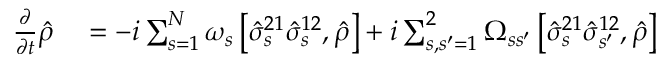
\begin{array} { r l } { \frac { \partial } { \partial t } \hat { \rho } } & { { } = - i \sum _ { s = 1 } ^ { N } \omega _ { s } \left[ \hat { \sigma } _ { s } ^ { 2 1 } \hat { \sigma } _ { s } ^ { 1 2 } , \hat { \rho } \right] + i \sum _ { s , s ^ { \prime } = 1 } ^ { 2 } \Omega _ { s s ^ { \prime } } \left[ \hat { \sigma } _ { s } ^ { 2 1 } \hat { \sigma } _ { s ^ { \prime } } ^ { 1 2 } , \hat { \rho } \right] } \end{array}